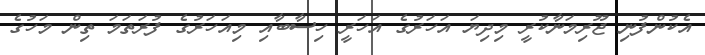
އެކުންފުނި ޖޫރިމަނާކުރީ މިދިޔަ އަހަރުގެ އަހަރީ ހިސާބާއި މިއަހަރުގެ ފުރަތަމަ ތިން މަހުގެ